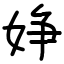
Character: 婙